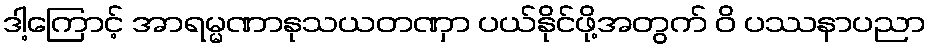
ဒါ့ကြောင့် အာရမ္မဏာနုသယတဏှာ ပယ်နိုင်ဖို့အတွက် ဝိ ပဿနာပညာ